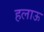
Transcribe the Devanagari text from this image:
हलाऊ